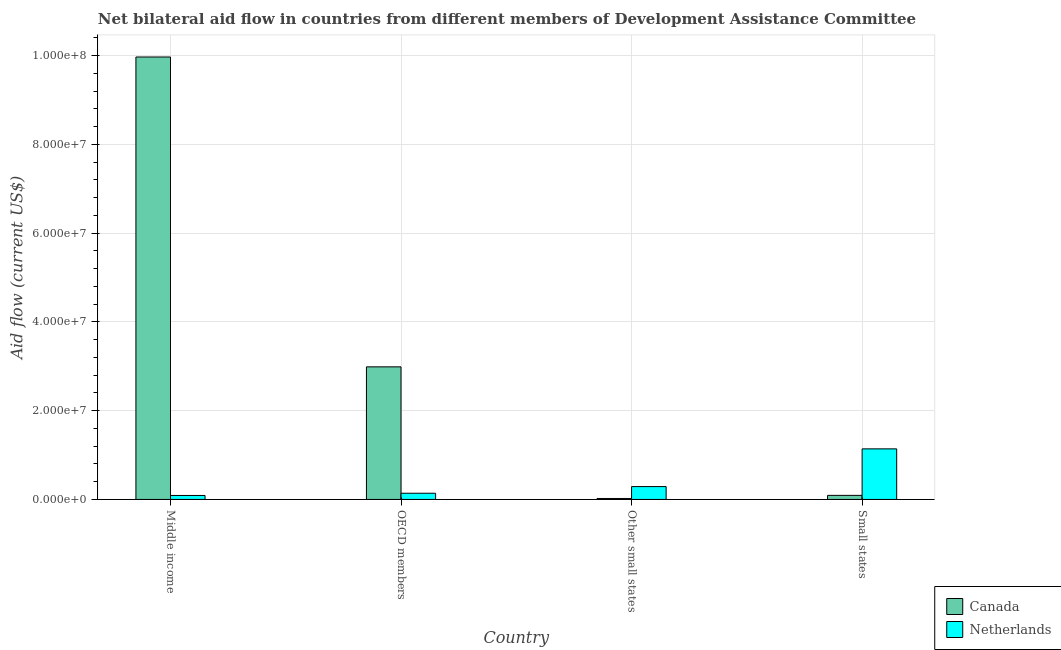
| Country | Canada | Netherlands |
 | --- | --- | --- |
 | Middle income | 9.97e+07 | 9e+05 |
 | OECD members | 2.99e+07 | 1.4e+06 |
 | Other small states | 2.2e+05 | 2.9e+06 |
 | Small states | 9.2e+05 | 1.14e+07 |